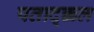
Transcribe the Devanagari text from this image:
पताद्क्कल